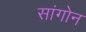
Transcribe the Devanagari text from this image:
सांगोन